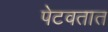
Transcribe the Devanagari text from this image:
पेटवतात